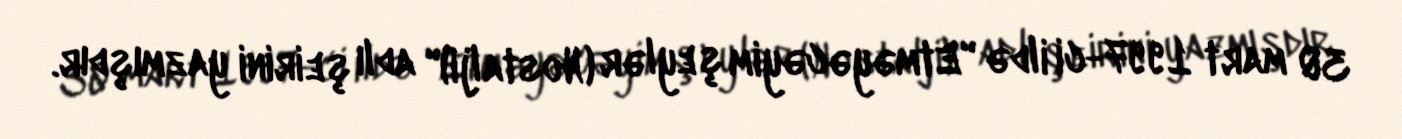
30 mart 1997-ci ildə "Etməyəcəyim şeylər (Nostalji)" adlı şeirini yazmışdır.